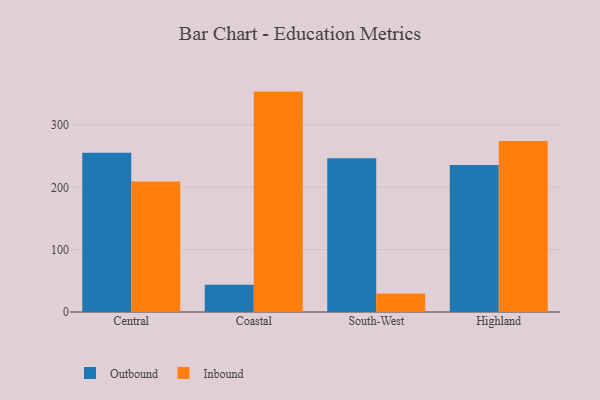
{"axis": {"x": "Region", "y": "Temperature (°C)"}, "legend": ["Inbound", "Outbound"], "data": [{"x": "Central", "y": 255.4, "type": "Outbound"}, {"x": "Central", "y": 209.3, "type": "Inbound"}, {"x": "Coastal", "y": 43.6, "type": "Outbound"}, {"x": "Coastal", "y": 353.5, "type": "Inbound"}, {"x": "South-West", "y": 246.7, "type": "Outbound"}, {"x": "South-West", "y": 29.6, "type": "Inbound"}, {"x": "Highland", "y": 235.6, "type": "Outbound"}, {"x": "Highland", "y": 274.3, "type": "Inbound"}]}